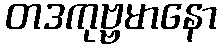
တဒကုဗ္ဗမာနော